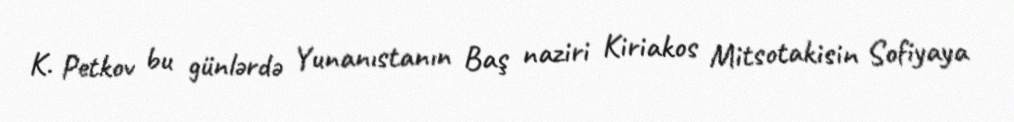
K. Petkov bu günlərdə Yunanıstanın Baş naziri Kiriakos Mitsotakisin Sofiyaya